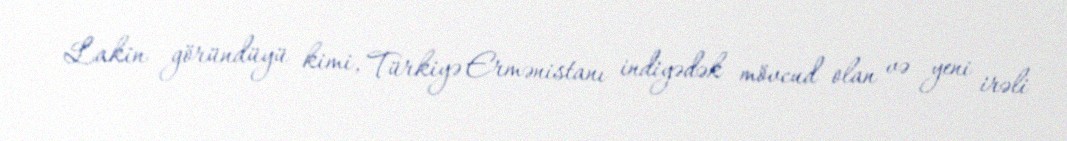
Lakin göründüyü kimi, Türkiyə Ermənistanı indiyədək mövcud olan və yeni irəli